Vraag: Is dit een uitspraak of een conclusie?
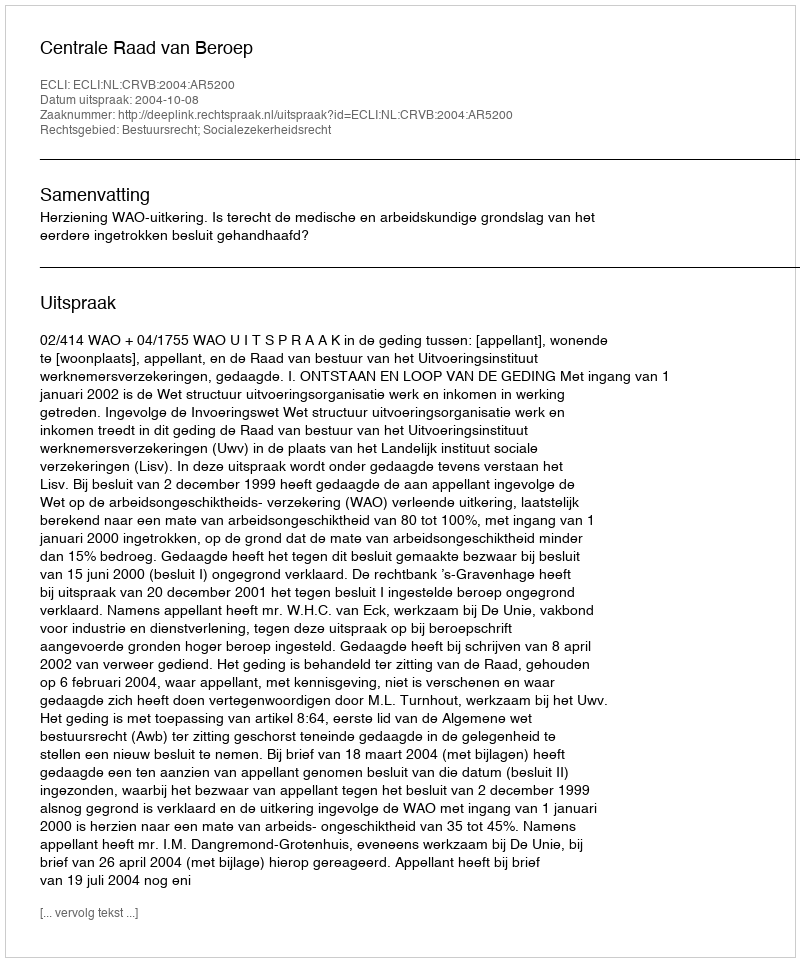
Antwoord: Uitspraak